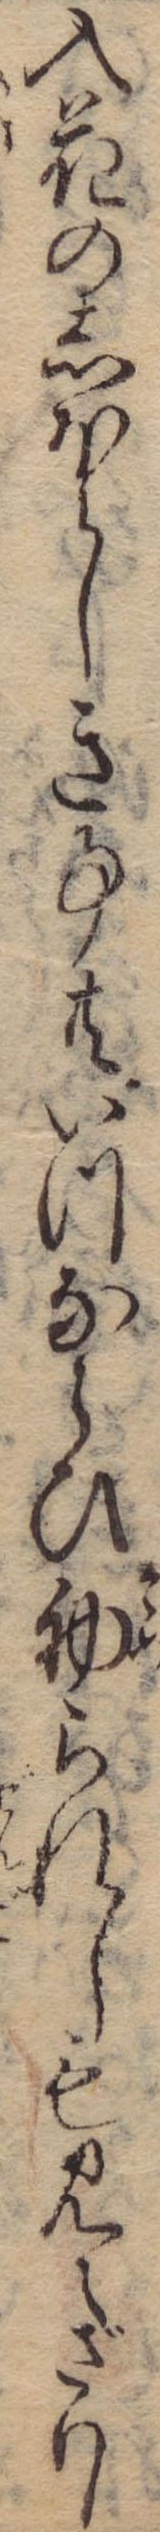
入花のしほらしき事共いつならひ初られしも見えざりし